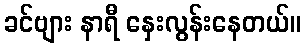
ခင်ဗျား နာရီ နှေးလွန်းနေတယ်။